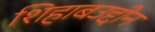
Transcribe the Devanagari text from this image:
शिहाबउद्दीन